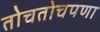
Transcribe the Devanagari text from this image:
तोचतोचपणा